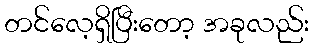
တင်လေ့ရှိပြီးတော့ အခုလည်း